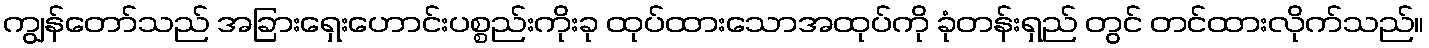
ကျွန်တော်သည် အခြားရှေးဟောင်းပစ္စည်းကိုးခု ထုပ်ထားသောအထုပ်ကို ခုံတန်းရှည် တွင် တင်ထားလိုက်သည်။